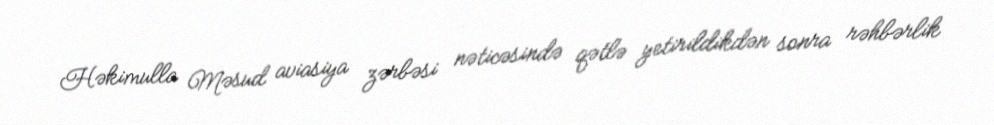
Həkimulla Məsud aviasiya zərbəsi nəticəsində qətlə yetirildikdən sonra rəhbərlik